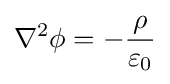
{\nabla }^{2}\phi =-{\rho  \over \varepsilon _{0}}